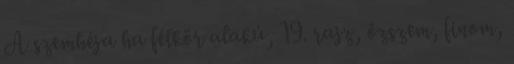
A szemhéja ha félkör alakú, 19. rajz, őzszem, finom,